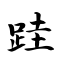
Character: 跬